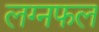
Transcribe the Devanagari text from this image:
लग्नफल